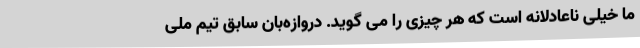
ما خیلی ناعادلانه است که هر چیزی را می گوید. دروازه‌بان سابق تیم ملی